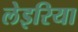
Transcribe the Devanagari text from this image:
लेइरिया